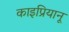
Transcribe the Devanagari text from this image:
काइप्रियानू